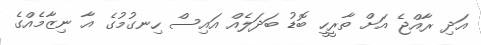
އަދި ރާއްޖެ އަށް ތާރީހީ ބޮޑު ބަދަލެއް އައިސް ހިނގުމުގެ އާ ނިޒާމެއްގެ